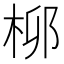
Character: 𬂪